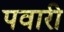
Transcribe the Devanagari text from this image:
पवारी